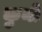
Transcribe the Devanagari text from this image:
कुनी